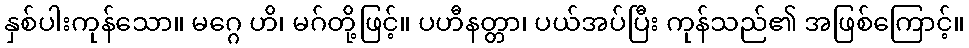
နှစ်ပါးကုန်သော။ မဂ္ဂေ ဟိ၊ မဂ်တို့ဖြင့်။ ပဟီနတ္တာ၊ ပယ်အပ်ပြီး ကုန်သည်၏ အဖြစ်ကြောင့်။